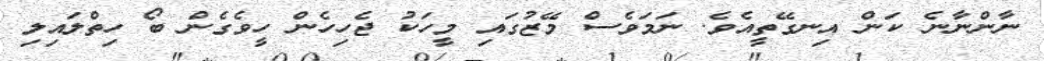
ނާންނާނެ ކަން އިނގޭތީއެވެ. ނަމަވެސް މޭޒުގައި މީހަކު ޖެހިހެން ހީވެގެން ބޯ ހިތްލައިލި